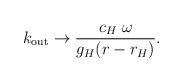
\begin{align*}k_{\mathrm{out}} \to {c_H\;\omega\over g_H (r - r_H)}.\end{align*}